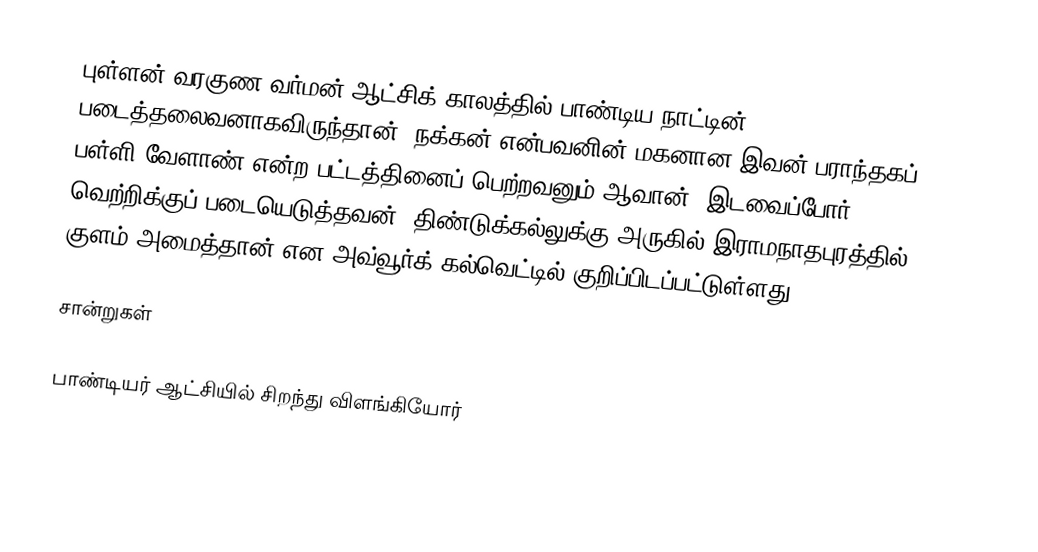
புள்ளன் வரகுண வர்மன் ஆட்சிக் காலத்தில் பாண்டிய நாட்டின் படைத்தலைவனாகவிருந்தான். நக்கன் என்பவனின் மகனான இவன் பராந்தகப் பள்ளி வேளாண் என்ற பட்டத்தினைப் பெற்றவனும் ஆவான். இடவைப்போர் வெற்றிக்குப் படையெடுத்தவன், திண்டுக்கல்லுக்கு அருகில் இராமநாதபுரத்தில் குளம் அமைத்தான் என அவ்வூர்க் கல்வெட்டில் குறிப்பிடப்பட்டுள்ளது.

சான்றுகள்

பாண்டியர் ஆட்சியில் சிறந்து விளங்கியோர்